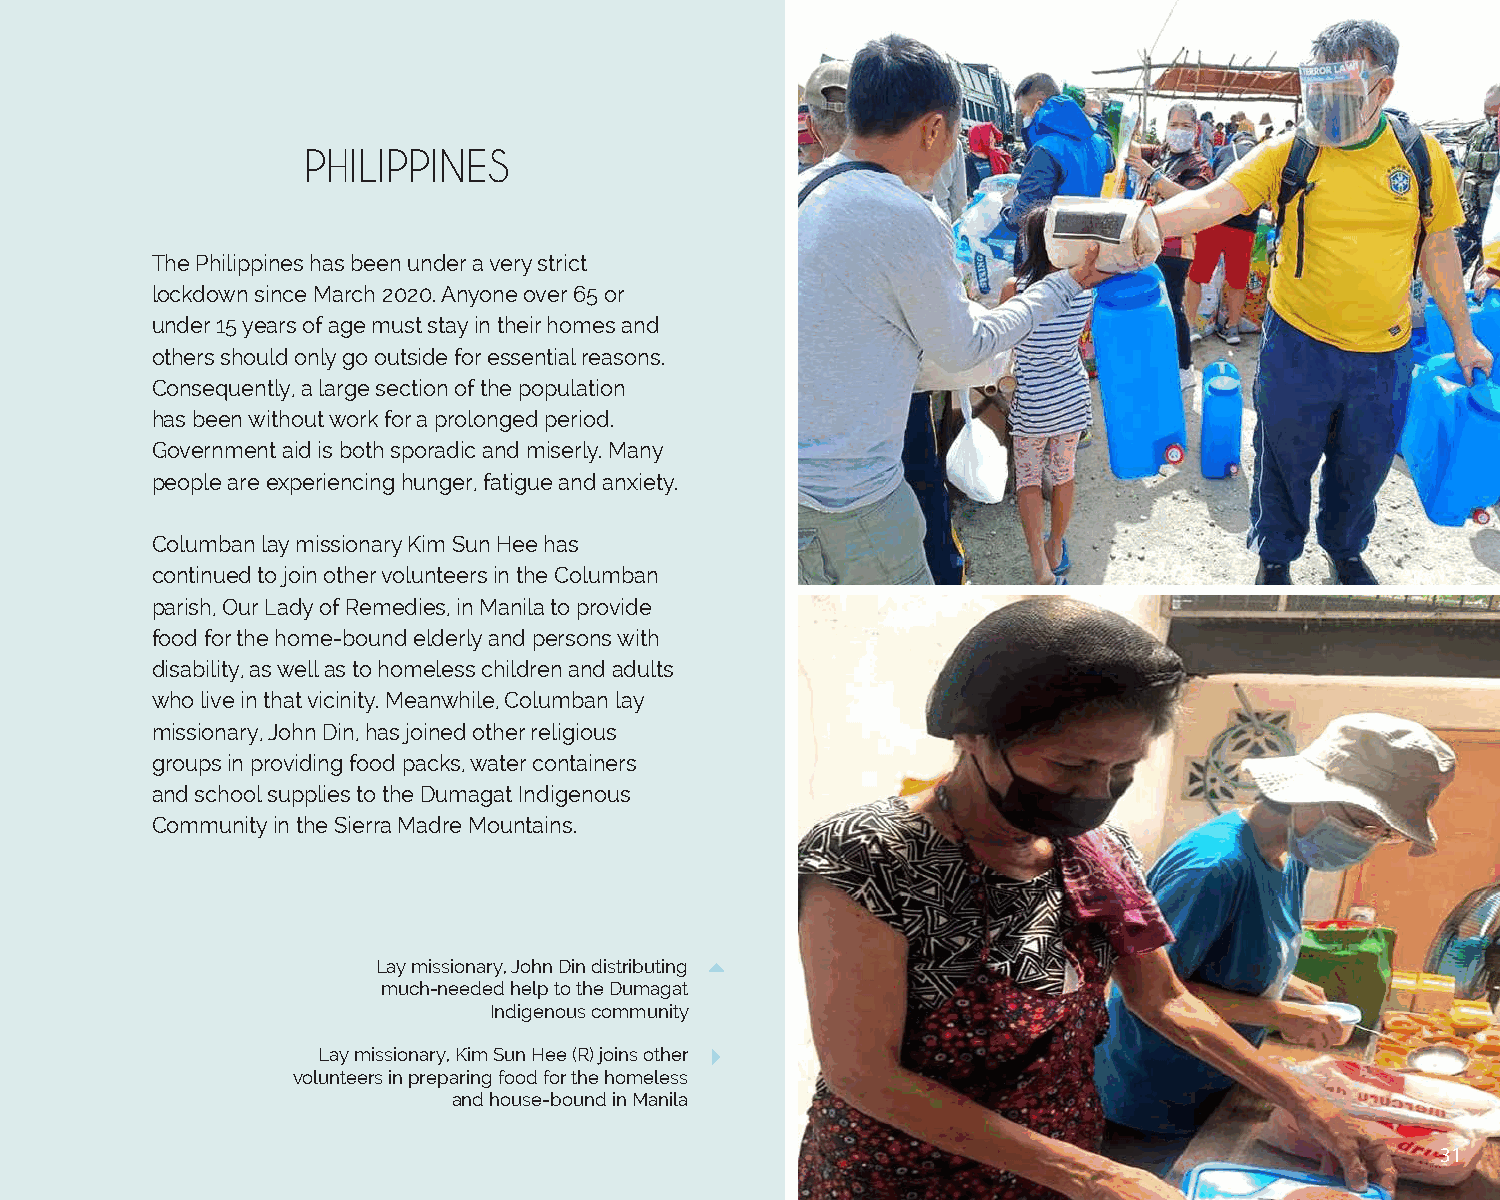
PHILIPPINES
 The Philippines has been under a very strict
 lockdown since March 2020. Anyone over 65 or
 under 15 years of age must stay in their homes and
 others should only go outside for essential reasons.
 Consequently, a large section of the population
 has been without work for a prolonged period.
 Government aid is both sporadic and miserly. Many
 people are experiencing hunger, fatigue and anxiety.
 Columban lay missionary Kim Sun Hee has
 continued to join other volunteers in the Columban
 parish, Our Lady of Remedies, in Manila to provide
 food for the home-bound elderly and persons with
 disability, as well as to homeless children and adults
 who live in that vicinity. Meanwhile, Columban lay
 missionary, John Din, has joined other religious
 groups in providing food packs, water containers
 and school supplies to the Dumagat Indigenous
 Community in the Sierra Madre Mountains.
 Lay missionary, John Din distributing
 much-needed help to the Dumagat
 Indigenous community
 Lay missionary, Kim Sun Hee (R) joins other
 volunteers in preparing food for the homeless
 and house-bound in Manila
 31